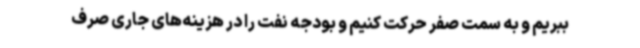
ببریم و به سمت صفر حرکت کنیم و بودجه نفت را در هزینه‌های جاری صرف